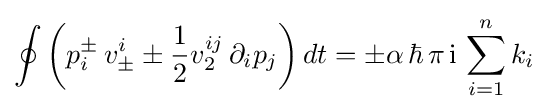
\oint \left(p_{i}^{\pm }\,v_{\pm }^{i}\pm {\frac {1}{2}}v_{2}^{ij}\,\partial _{i}p_{j}\right)dt=\pm \alpha \,\hbar \,\pi \,{\rm {i}}\,\sum _{i=1}^{n}k_{i}